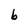
Character: b